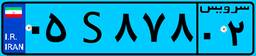
۰۵S۸۷۸۰۲